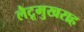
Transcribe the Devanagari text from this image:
लैटूमुखराह